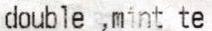
DOUBLE ,MINT TE